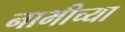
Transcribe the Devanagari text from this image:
नाभीच्या